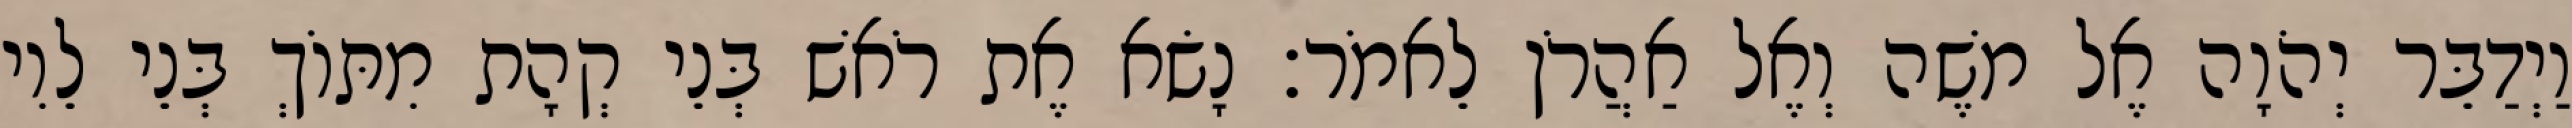
וַיְדַבֵּר יְהֹוָה אֶל משֶׁה וְאֶל אַהֲרֹן לֵאמֹר׃ נָשׂא אֶת רֹאשׁ בְּנֵי קְהָת מִתּוֹךְ בְּנֵי לֵוִי